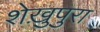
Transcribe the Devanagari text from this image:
शेख़ुपुरा